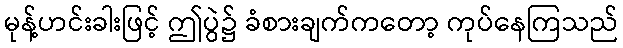
မုန့်ဟင်းခါးဖြင့် ဤပွဲ၌ ခံစားချက်ကတော့ ကုပ်နေကြသည်